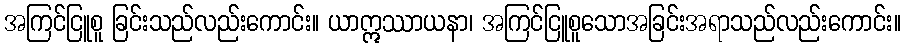
အကြင်ငြူစူ ခြင်းသည်လည်းကောင်း။ ယာဣဿာယနာ၊ အကြင်ငြူစူသောအခြင်းအရာသည်လည်းကောင်း။